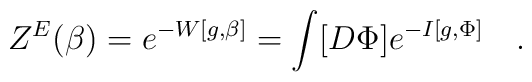
Z^E(\beta)=e^{-W[g,\beta]}=\int [D\Phi] e^{-I[g,\Phi]}~~~.